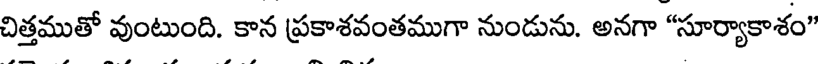
చిత్తముతో వుంటుంది. కాన ప్రకాశవంతముగా నుండును. అనగా "సూర్యాకాశం"